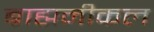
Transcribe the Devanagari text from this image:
ब्राह्मनीकल